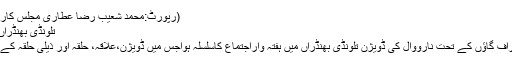
(رپورٹ:محمد شعیب رضا عطاری مجلس کارکردگی سرگودھا زونل دفتر)
تلونڈی بھنڈراں میں ہفتہ واراجتماع کاسلسلہ
دعوتِ اسلامی کی مجلس اطراف گاؤں کے تحت نارووال کی ڈویژن تلونڈی بھنڈراں میں ہفتہ واراجتماع کاسلسلہ ہواجس میں ڈویژن،علاقہ، حلقہ اور ذیلی حلقہ کے اسلامی بھائیوں شرکت کی ۔